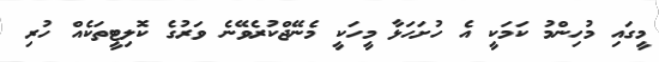
މީގައި މުހިންމު ކަމަކީ އެ ހުށަހަޅާ މީހަކީ މެނޭޖްކުރެވޭނެ ވަރުގެ ކޮލިޓީތަކެއް ހުރި